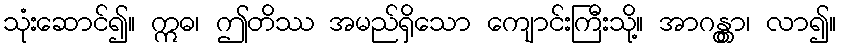
သုံးဆောင်၍။ ဣဓ၊ ဤတိဿ အမည်ရှိသော ကျောင်းကြီးသို့။ အာဂန္တွာ၊ လာ၍။